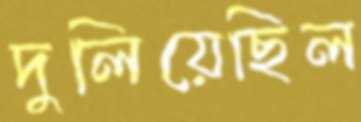
দুলিয়েছিল